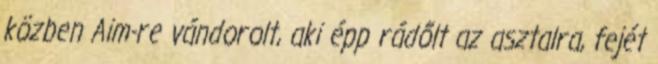
közben Aim-re vándorolt, aki épp rádőlt az asztalra, fejét